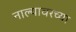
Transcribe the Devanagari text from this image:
नाल्यावरच्या